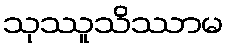
သုဿူသိဿာမ